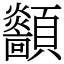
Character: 顲